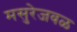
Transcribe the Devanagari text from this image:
मसुरेजवळ